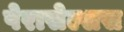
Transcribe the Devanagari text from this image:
पेरासेल्सस